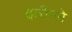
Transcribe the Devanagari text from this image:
झरीनने